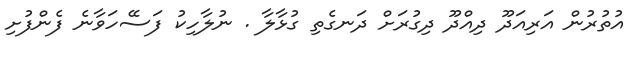
އުތުރުން އަރިއަދޫ ދިއްދޫ ދިގުރަށް ދަނގެތި ގުޅާލާ . ނުލާހިކު ފަސޭހަވާނެ ފެންފުށި